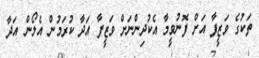
ތަކުގެ ވަޒީފާ އަށް ފޮނުވީމާ އެކުދިންނަށް ވަޒީފާ އަދާ ކުރަމުން އެލޯން އަދާ